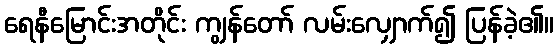
ရေနီမြောင်းအတိုင်း ကျွန်တော် လမ်းလျှောက်၍ ပြန်ခဲ့၏။